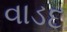
વાડદ